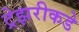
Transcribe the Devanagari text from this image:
ट्रेझरीकडे